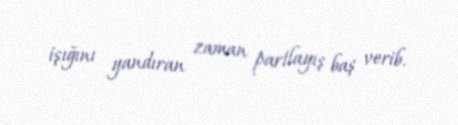
işığını yandıran zaman partlayış baş verib.